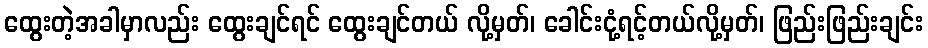
ထွေးတဲ့အခါမှာလည်း ထွေးချင်ရင် ထွေးချင်တယ် လို့မှတ်၊ ခေါင်းငုံ့ရင့်တယ်လို့မှတ်၊ ဖြည်းဖြည်းချင်း